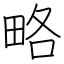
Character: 略